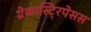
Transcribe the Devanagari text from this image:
ग्रेकास्टि्रपेसस